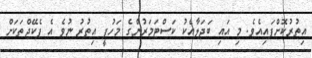
އިތުރުކޮށްފައިއެވެ. މި އައި ބަދަލާއެކު ކަސްޓަމަރުންގެ މަހުފީ އިތުރު ނުވެ އެ ޕެކޭޖްތަކަށް